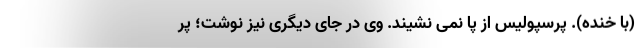
(با خنده). پرسپولیس از پا نمی نشیند. وی در جای دیگری نیز نوشت؛ پر